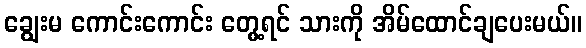
ချွေးမ ကောင်းကောင်း တွေ့ရင် သားကို အိမ်ထောင်ချပေးမယ်။